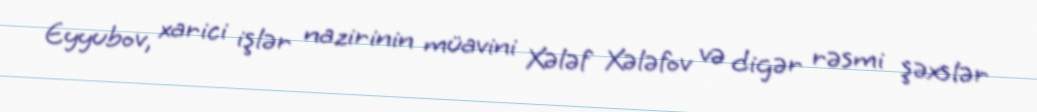
Eyyubov, xarici işlər nazirinin müavini Xələf Xələfov və digər rəsmi şəxslər